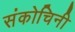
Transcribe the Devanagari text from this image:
संकोचिनी